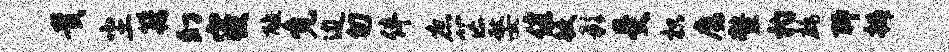
贵尘籍幻寝醮免边匆伴庶芒嫠健鲛影受枳魔鳌杓鹧聊辫